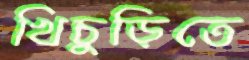
খিচুড়িতে